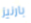
بارنيز